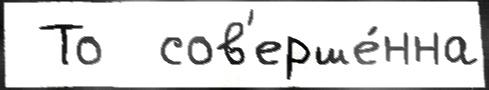
 То  сов'ерше́нна